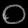
Digit: ၀